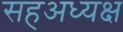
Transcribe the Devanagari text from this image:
सहअध्यक्ष